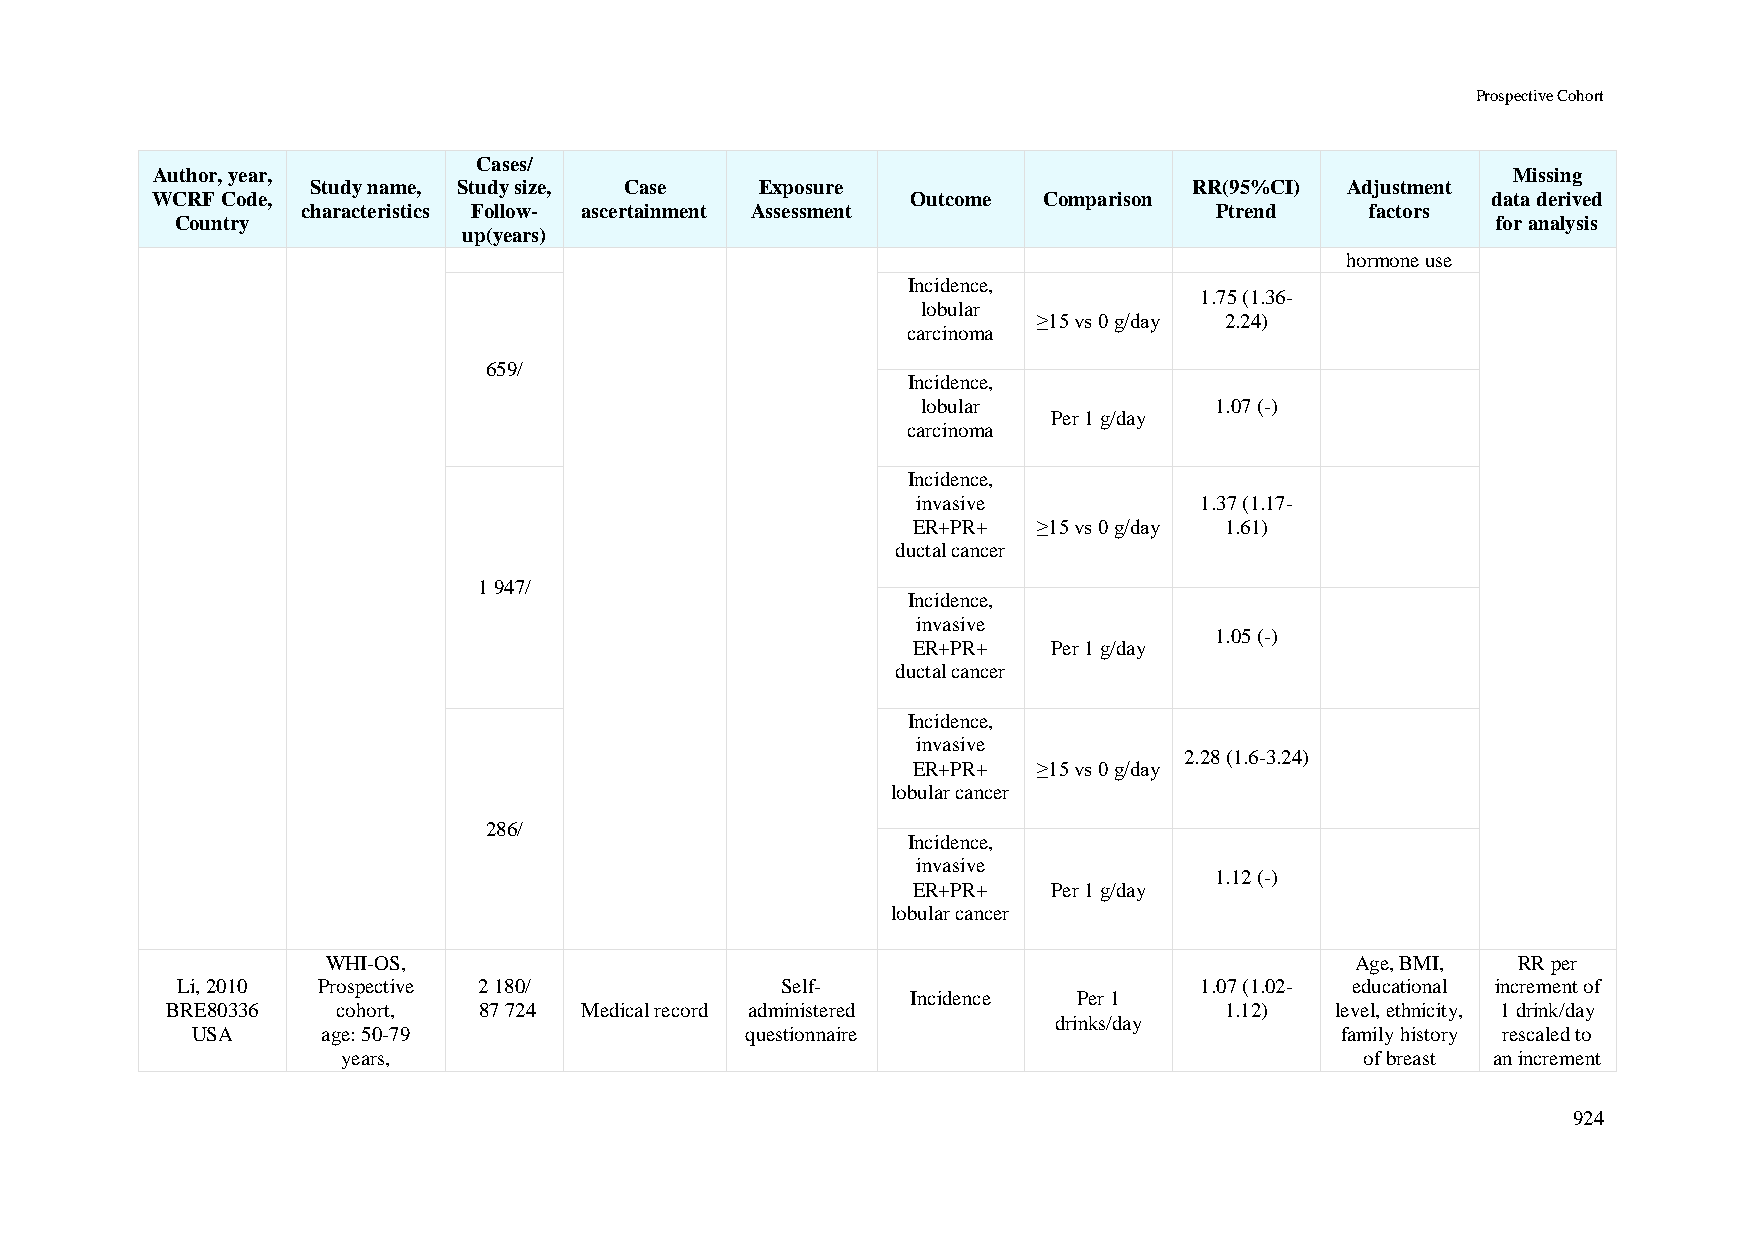
Prospective Cohort
 Cases/
 Author, year,                                                                             Missing
 Study name, Study size, Case Exposure                     RR(95%CI) Adjustment
 WCRF Code,                                        Outcome  Comparison                    data derived
 characteristics Follow- ascertainment Assessment            Ptrend     factors
 Country                                                                                for analysis
 up(years)
 hormone use
 Incidence,
 1.75 (1.36-
 lobular
 ≥15 vs 0 g/day 2.24)
 carcinoma
 659/
 Incidence,
 lobular            1.07 (-)
 Per 1 g/day
 carcinoma
 Incidence,
 invasive          1.37 (1.17-
 ER+PR+   ≥15 vs 0 g/day 1.61)
 ductal cancer
 1 947/
 Incidence,
 invasive
 1.05 (-)
 ER+PR+    Per 1 g/day
 ductal cancer
 Incidence,
 invasive
 2.28 (1.6-3.24)
 ER+PR+   ≥15 vs 0 g/day
 lobular cancer
 286/
 Incidence,
 invasive
 1.12 (-)
 ER+PR+    Per 1 g/day
 lobular cancer
 WHI-OS,                                                             Age, BMI, RR per
 Li, 2010 Prospective 2 180/             Self-                      1.07 (1.02- educational increment of
 Incidence  Per 1
 BRE80336   cohort,   87 724 Medical record administered               1.12)  level, ethnicity, 1 drink/day
 drinks/day
 USA     age: 50-79                  questionnaire                           family history rescaled to
 years,                                                             of breast an increment
 924